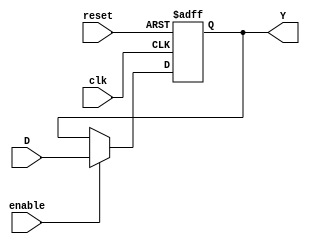
//Jose Luis Alvarez Pineda
//19392
//Seccion 21
//FF de multiples bits del proyecto del microprocesador

module Flags(
  input wire clk,reset,enable,
  input wire [1:0] D,
  output reg [1:0] Y);

  always @ (posedge clk, posedge reset) begin
    if (reset == 1) Y <= 0;
    else if(enable == 1) Y <= D;
    else Y <= Y;
  end

endmodule

module ACCU(
  input wire clk,reset,enable,
  input wire [3:0] D,
  output reg [3:0] Y);

  always @ (posedge clk, posedge reset) begin
    if (reset == 1) Y <= 0;
    else if(enable == 1) Y <= D;
    else Y <= Y;
  end

endmodule

module Outputs(
  input wire clk,reset,enable,
  input wire [3:0] D,
  output reg [3:0] Y);

  always @ (posedge clk, posedge reset) begin
    if (reset == 1) Y <= 0;
    else if(enable == 1) Y <= D;
    else Y <= Y;
  end

endmodule

module Fetch(
  input wire clk,reset,enable,
  input wire [7:0] D,
  output reg [7:0] Y);

  always @ (posedge clk, posedge reset) begin
    if (reset) Y <= 0;
    else if(enable) Y <= D;
  end

endmodule